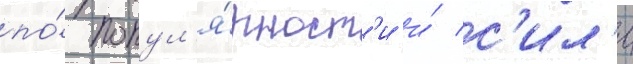
по́ попул'я́рност'и и́ с'ил'е